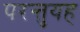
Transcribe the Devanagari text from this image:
परन्तुयह